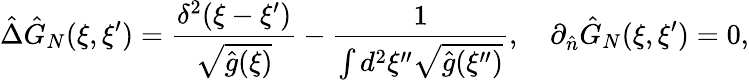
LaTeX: \hat{\Delta}{\hat{G}_{N}}(\xi,\xi^{\prime})={\frac{{\delta^{2}}(\xi-\xi^{\prime})}{\sqrt{\hat{g}(\xi)}}}-{\frac{1}{\int{d^{2}}\xi^{\prime\prime}\sqrt{\hat{g}(\xi^{\prime\prime})}}},\quad{\partial_{\hat{n}}}{\hat{G}_{N}}(\xi,\xi^{\prime})=0,